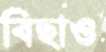
বিছাও